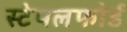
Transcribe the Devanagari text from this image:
स्टेपलफोर्ड